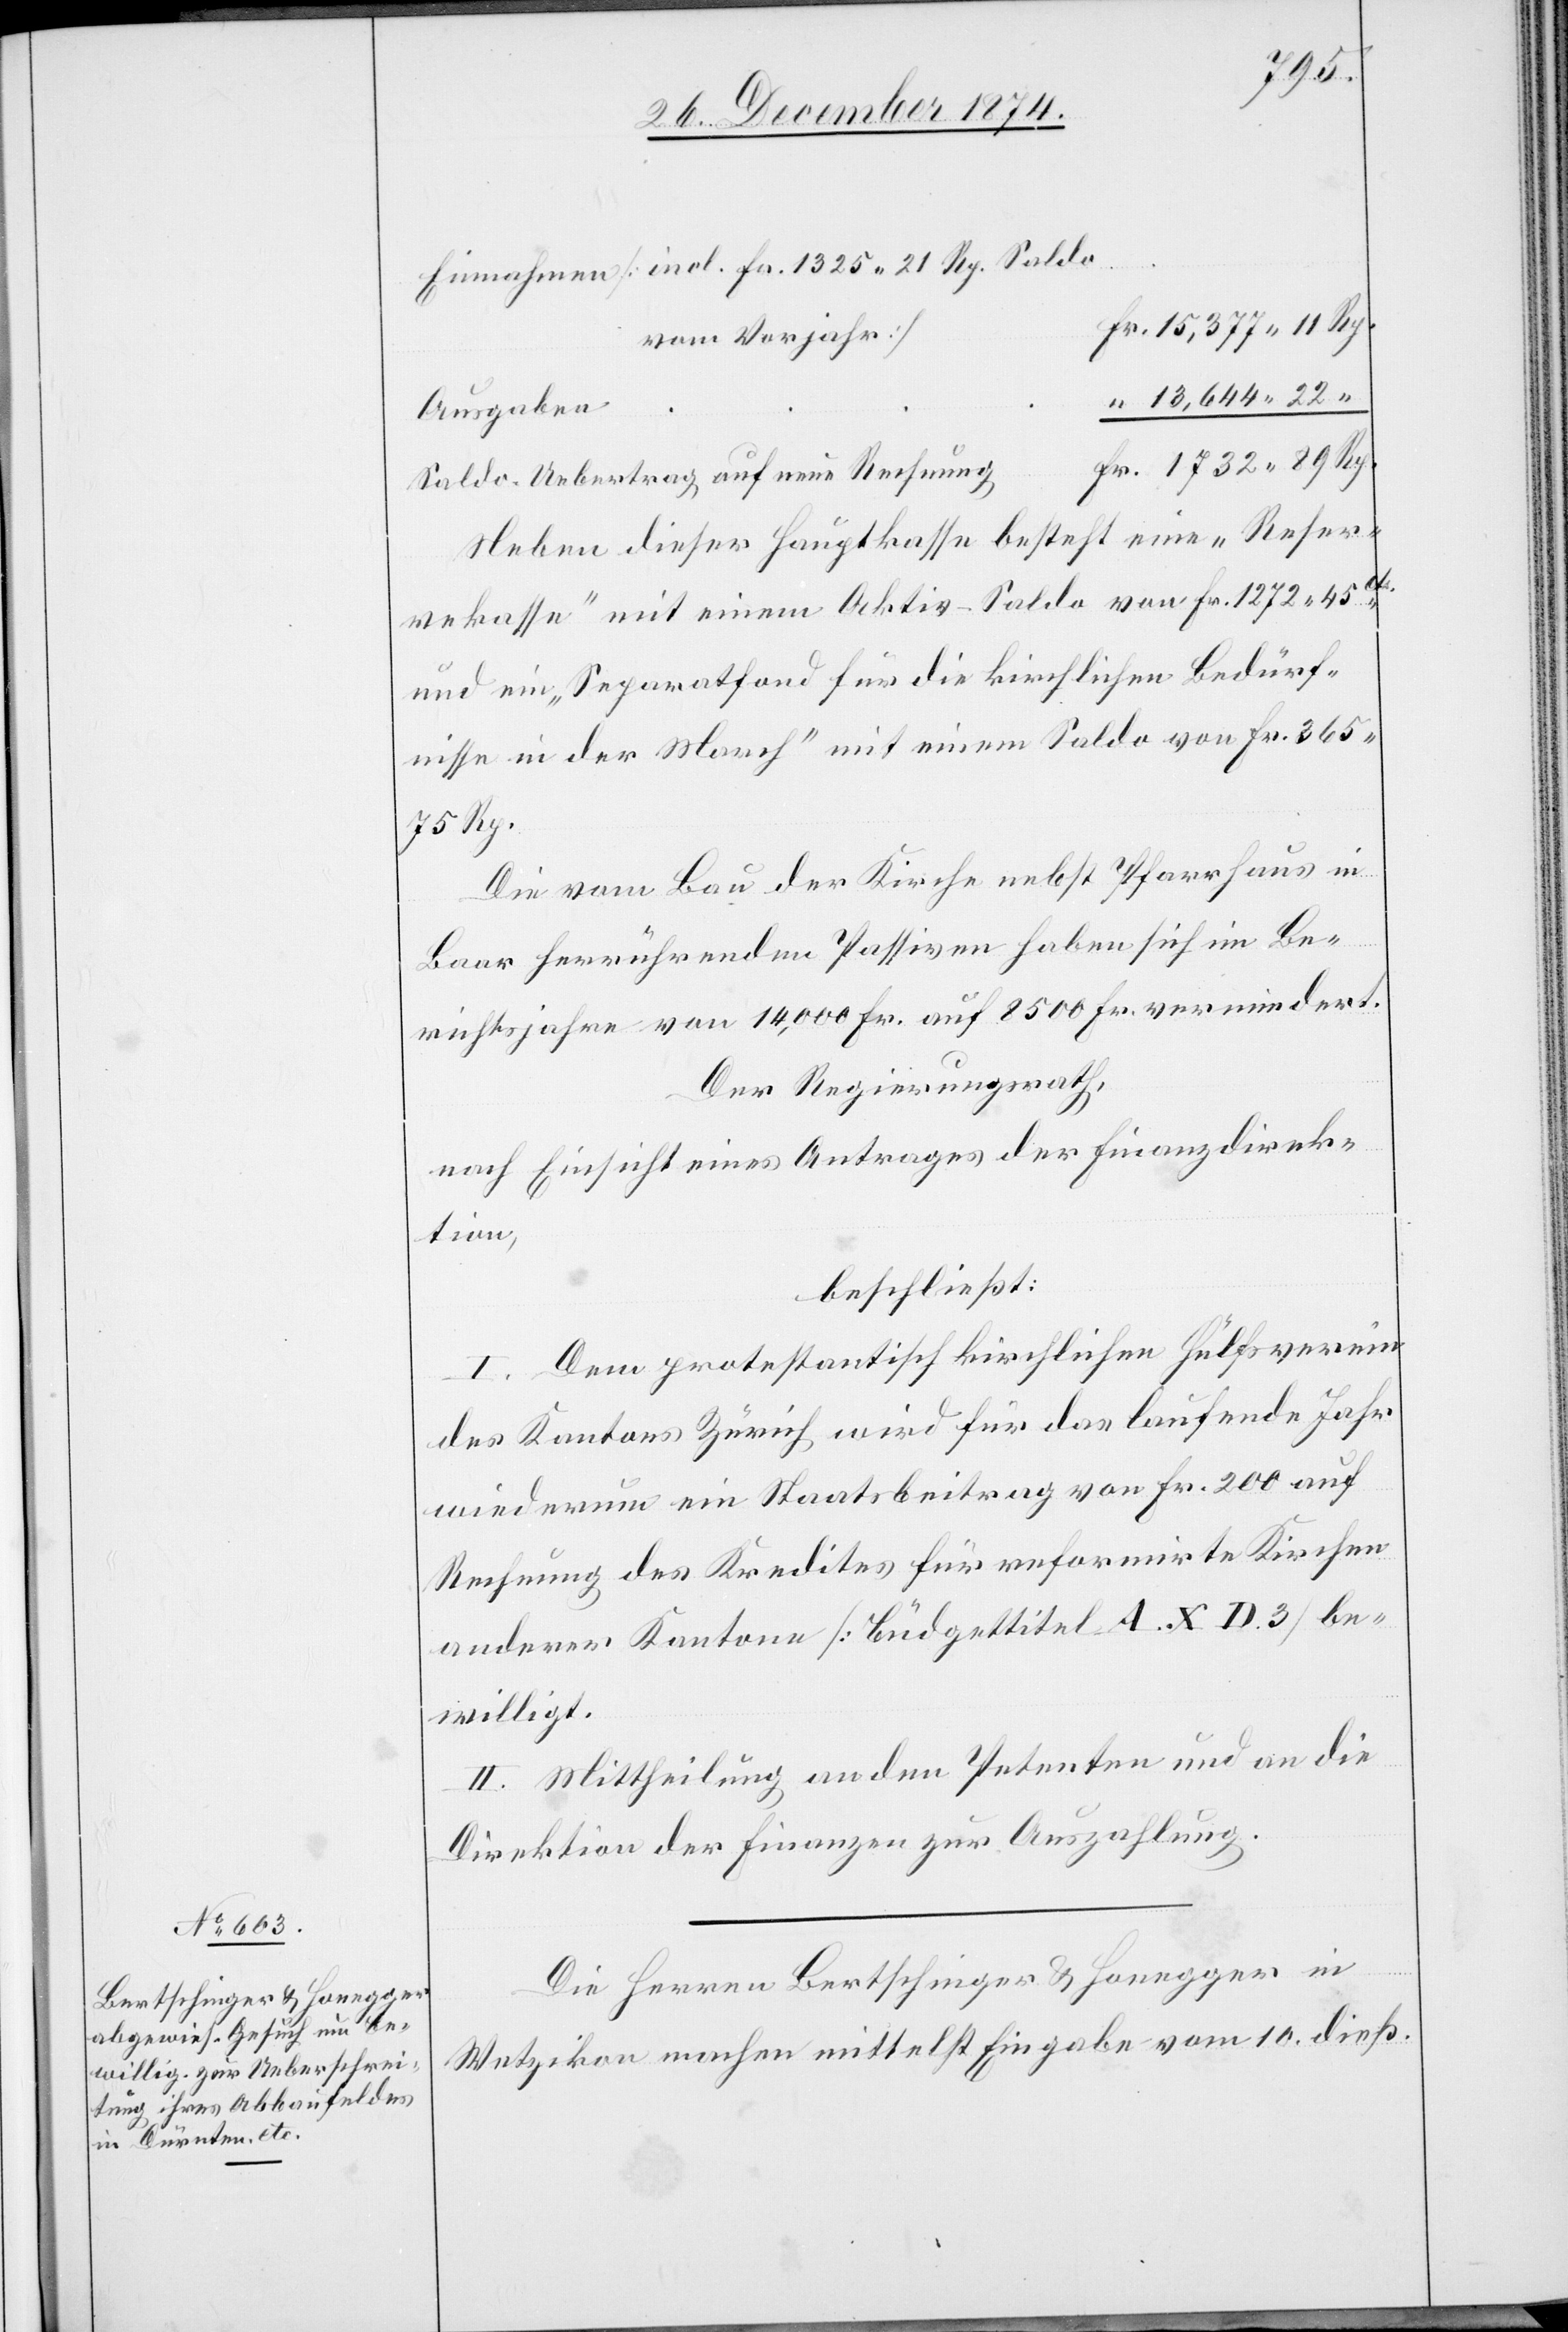
Einnahmen [incl. Fr. 1325. 21 Rp. Saldo
r. 15,377. 11 Rp.
vom Vorjahr]		F¬
“ 13, 644. 22 “
r. 1732. 89 Rp.
Saldo-Uebertrag auf neue Rechnun¬
Neben dieser Hauptkasse besteht eine „Reser¬
vekasse“ mit einem Aktiv-Saldo von Fr. 365.
75 Rp.
Die vom Bau der Kirche nebst Pfarrhaus in
Baar herrührenden Passiven haben sich im Be¬
richtsjahre von 14,000 Fr. auf 8500 Fr. vermindert.
Der Regierungsrath,
nach Einsicht eines Antrages der Finanzdirek¬
tion,
beschließt:
I. Dem protestantisch kirchlichen Hülfsverein
des Kantons Zürich wird für das laufende Jahr
wiederum ein Staatsbeitrag von Fr. 200 auf
Rechnung des Kredites für reformirte Kirchen
anderer Kantone [Büdgettitel A. X. D. 3] be¬
willigt.
II. Mittheilung an den Petenten und an die
Direktion der Finanzen zur Auszahlung.
Die Herren Bertschinger & Honegger in
Wetzikon machen mittelst Eingabe vom 10. dieß